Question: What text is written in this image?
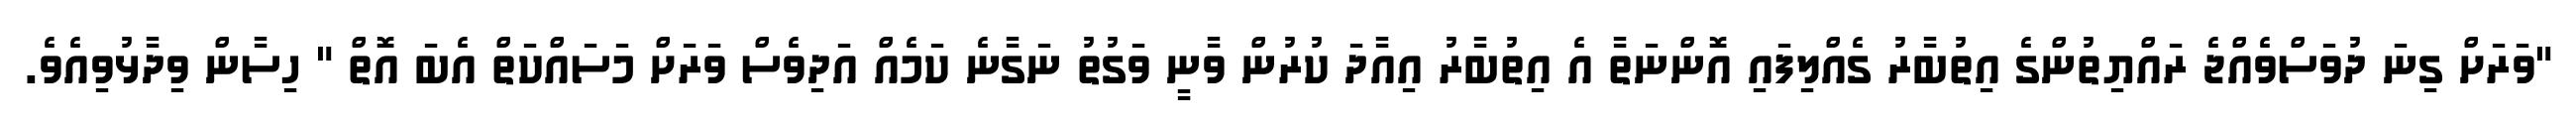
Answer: "ވަރަށް ގިނަ ދުވަސްވެއްޖެ ރައްޔިތުންގެ އިތުބާރު ގެއްލިފައި އޮންނަތާ އެ އިތުބާރު އިއާދަ ކުރުން ވާނީ ވަގުތު ނަގާނެ ކަމެއް އަދިވެސް ވަރަށް މަސައްކަތް އެބަ އޮތް " ހިސާން ވިދާޅުވިއެވެ.